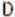
D